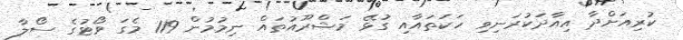
ކުރިއަށްދާ އިއާދަކުރަނިވި ހަކަތައާއި ގުޅޭ މަޝްރޫއުތައް ނިމުމުން 119 މެގަ ވޯޓުގެ ސޯލާ